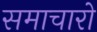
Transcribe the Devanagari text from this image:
समाचारो